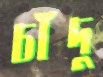
চাঁদু